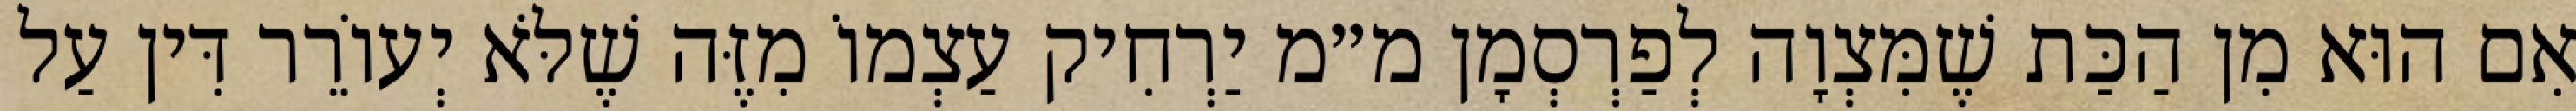
אִם הוּא מִן הַכַּת שֶׁמִּצְוָה לְפַרְסְמָן מ״מ יַרְחִיק עַצְמוֹ מִזֶּה שֶׁלֹּא יְעוֹרֵר דִּין עַל